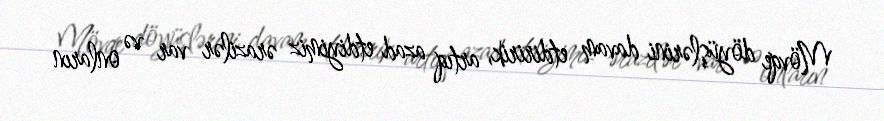
Mövqe döyüşlərini davam etdiririk, artıq azad etdiyimiz ərazilər var və onların